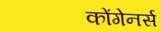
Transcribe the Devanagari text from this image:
कोंगेनर्स